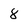
Character: 8